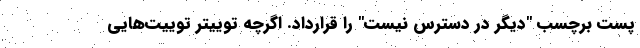
پست برچسب "دیگر در دسترس نیست" را قرارداد. اگرچه توییتر توییت‌هایی